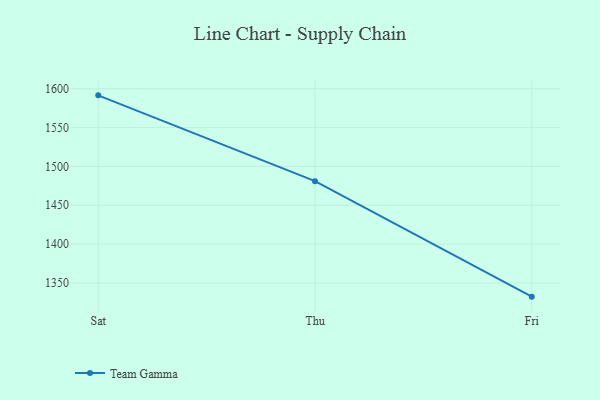
{"axis": {"x": "Day", "y": "Satisfaction Score"}, "legend": ["Team Gamma"], "data": [{"x": "Sat", "y": 1591.6, "type": "Team Gamma"}, {"x": "Thu", "y": 1481.1, "type": "Team Gamma"}, {"x": "Fri", "y": 1332.3, "type": "Team Gamma"}]}